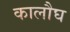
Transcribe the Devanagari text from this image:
कालौघ